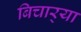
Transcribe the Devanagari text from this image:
बिचार्‍या